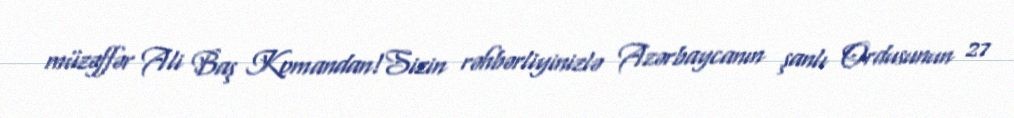
müzəffər Ali Baş Komandan!Sizin rəhbərliyinizlə Azərbaycanın şanlı Ordusunun 27